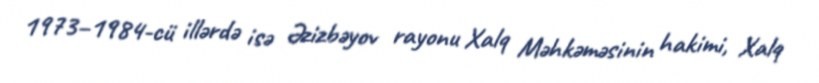
1973–1984-cü illərdə isə Əzizbəyov rayonu Xalq Məhkəməsinin hakimi, Xalq